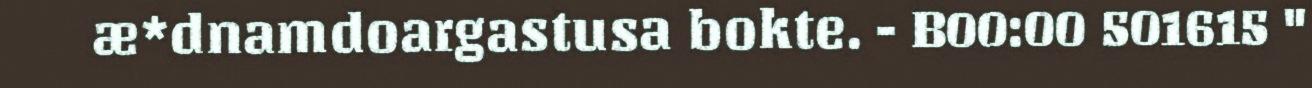
æ*dnamdoargastusa bokte. - B00:00 501615 "